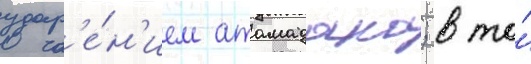
удар'е́н'ием атамадака; в то́